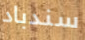
سندباد